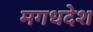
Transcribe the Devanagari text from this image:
मगधदेश